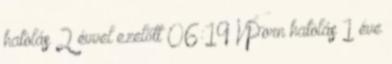
hatolás 2 évvel ezelőtt 06:19 VPorn hatolás 1 éve